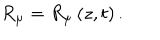
R _ { \mu } = R _ { \mu } \left( z , t \right) .